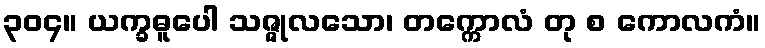
၃၀၄။ ယက္ခဓူပေါ သဇ္ဇုလသော၊ တက္ကောလံ တု စ ကောလကံ။